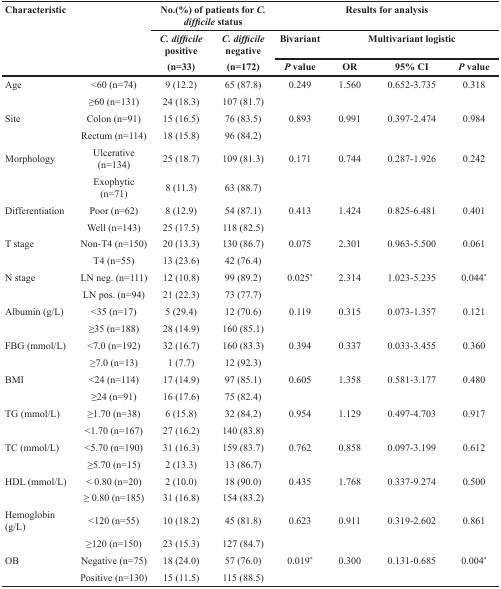
<table><thead><tr><td rowspan="3"><b>Characteristic</b></td><td colspan="2"><b>No.(%) of patients for <i>C. difficile</i> status</b></td><td colspan="4"><b>Results for analysis</b></td></tr><tr><td><b><i>C. difficile</i> positive</b></td><td><b><i>C. difficile</i> negative</b></td><td colspan="2"><b>Bivariant</b></td><td colspan="2"><b>Multivariant logistic</b></td></tr><tr><td><b>(n=33)</b></td><td><b>(n=172)</b></td><td><b><i>P</i> value</b></td><td><b>OR</b></td><td><b>95% CI</b></td><td><b><i>P</i> value</b></td></tr></thead><tbody><tr><td>Age</td><td>&lt;60 (n=74)</td><td>9 (12.2)</td><td>65 (87.8)</td><td>0.249</td><td>1.560</td><td>0.652-3.735</td><td>0.318</td></tr><tr><td></td><td>≥60 (n=131)</td><td>24 (18.3)</td><td>107 (81.7)</td><td></td><td></td><td></td><td></td></tr><tr><td>Site</td><td>Colon (n=91)</td><td>15 (16.5)</td><td>76 (83.5)</td><td>0.893</td><td>0.991</td><td>0.397-2.474</td><td>0.984</td></tr><tr><td></td><td>Rectum (n=114)</td><td>18 (15.8)</td><td>96 (84.2)</td><td></td><td></td><td></td><td></td></tr><tr><td>Morphology</td><td>Ulcerative (n=134)</td><td>25 (18.7)</td><td>109 (81.3)</td><td>0.171</td><td>0.744</td><td>0.287-1.926</td><td>0.242</td></tr><tr><td></td><td>Exophytic (n=71)</td><td>8 (11.3)</td><td>63 (88.7)</td><td></td><td></td><td></td><td></td></tr><tr><td>Differentiation</td><td>Poor (n=62)</td><td>8 (12.9)</td><td>54 (87.1)</td><td>0.413</td><td>1.424</td><td>0.825-6.481</td><td>0.401</td></tr><tr><td></td><td>Well (n=143)</td><td>25 (17.5)</td><td>118 (82.5)</td><td></td><td></td><td></td><td></td></tr><tr><td>T stage</td><td>Non-T4 (n=150)</td><td>20 (13.3)</td><td>130 (86.7)</td><td>0.075</td><td>2.301</td><td>0.963-5.500</td><td>0.061</td></tr><tr><td></td><td>T4 (n=55)</td><td>13 (23.6)</td><td>42 (76.4)</td><td></td><td></td><td></td><td></td></tr><tr><td>N stage</td><td>LN neg. (n=111)</td><td>12 (10.8)</td><td>99 (89.2)</td><td>0.025*</td><td>2.314</td><td>1.023-5.235</td><td>0.044*</td></tr><tr><td></td><td>LN pos. (n=94)</td><td>21 (22.3)</td><td>73 (77.7)</td><td></td><td></td><td></td><td></td></tr><tr><td>Albumin (g/L)</td><td>&lt;35 (n=17)</td><td>5 (29.4)</td><td>12 (70.6)</td><td>0.119</td><td>0.315</td><td>0.073-1.357</td><td>0.121</td></tr><tr><td></td><td>≥35 (n=188)</td><td>28 (14.9)</td><td>160 (85.1)</td><td></td><td></td><td></td><td></td></tr><tr><td>FBG (mmol/L)</td><td>&lt;7.0 (n=192)</td><td>32 (16.7)</td><td>160 (83.3)</td><td>0.394</td><td>0.337</td><td>0.033-3.455</td><td>0.360</td></tr><tr><td></td><td>≥7.0 (n=13)</td><td>1 (7.7)</td><td>12 (92.3)</td><td></td><td></td><td></td><td></td></tr><tr><td>BMI</td><td>&lt;24 (n=114)</td><td>17 (14.9)</td><td>97 (85.1)</td><td>0.605</td><td>1.358</td><td>0.581-3.177</td><td>0.480</td></tr><tr><td></td><td>≥24 (n=91)</td><td>16 (17.6)</td><td>75 (82.4)</td><td></td><td></td><td></td><td></td></tr><tr><td>TG (mmol/L)</td><td>≥1.70 (n=38)</td><td>6 (15.8)</td><td>32 (84.2)</td><td>0.954</td><td>1.129</td><td>0.497-4.703</td><td>0.917</td></tr><tr><td></td><td>&lt;1.70 (n=167)</td><td>27 (16.2)</td><td>140 (83.8)</td><td></td><td></td><td></td><td></td></tr><tr><td>TC (mmol/L)</td><td>&lt;5.70 (n=190)</td><td>31 (16.3)</td><td>159 (83.7)</td><td>0.762</td><td>0.858</td><td>0.097-3.199</td><td>0.612</td></tr><tr><td></td><td>≥5.70 (n=15)</td><td>2 (13.3)</td><td>13 (86.7)</td><td></td><td></td><td></td><td></td></tr><tr><td>HDL (mmol/L)</td><td>&lt; 0.80 (n=20)</td><td>2 (10.0)</td><td>18 (90.0)</td><td>0.435</td><td>1.768</td><td>0.337-9.274</td><td>0.500</td></tr><tr><td></td><td>≥ 0.80 (n=185)</td><td>31 (16.8)</td><td>154 (83.2)</td><td></td><td></td><td></td><td></td></tr><tr><td>Hemoglobin (g/L)</td><td>&lt;120 (n=55)</td><td>10 (18.2)</td><td>45 (81.8)</td><td>0.623</td><td>0.911</td><td>0.319-2.602</td><td>0.861</td></tr><tr><td></td><td>≥120 (n=150)</td><td>23 (15.3)</td><td>127 (84.7)</td><td></td><td></td><td></td><td></td></tr><tr><td>OB</td><td>Negative (n=75)</td><td>18 (24.0)</td><td>57 (76.0)</td><td>0.019*</td><td>0.300</td><td>0.131-0.685</td><td>0.004*</td></tr><tr><td></td><td>Positive (n=130)</td><td>15 (11.5)</td><td>115 (88.5)</td><td></td><td></td><td></td><td></td></tr></tbody></table>